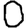
Digit: 0